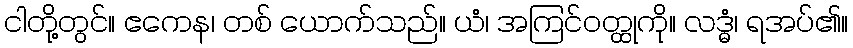
ငါတို့တွင်။ ဧကေန၊ တစ် ယောက်သည်။ ယံ၊ အကြင်ဝတ္ထုကို။ လဒ္ဓံ၊ ရအပ်၏။